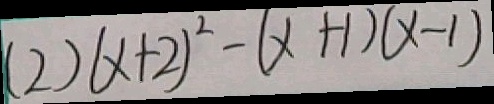
( 2 ) ( x + 2 ) ^ { 2 } - ( x + 1 ) ( x - 1 )